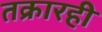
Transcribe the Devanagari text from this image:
तक्रारही